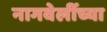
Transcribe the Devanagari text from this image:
नागवेलींच्या